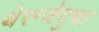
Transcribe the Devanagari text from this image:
थेरन्जेदुथा